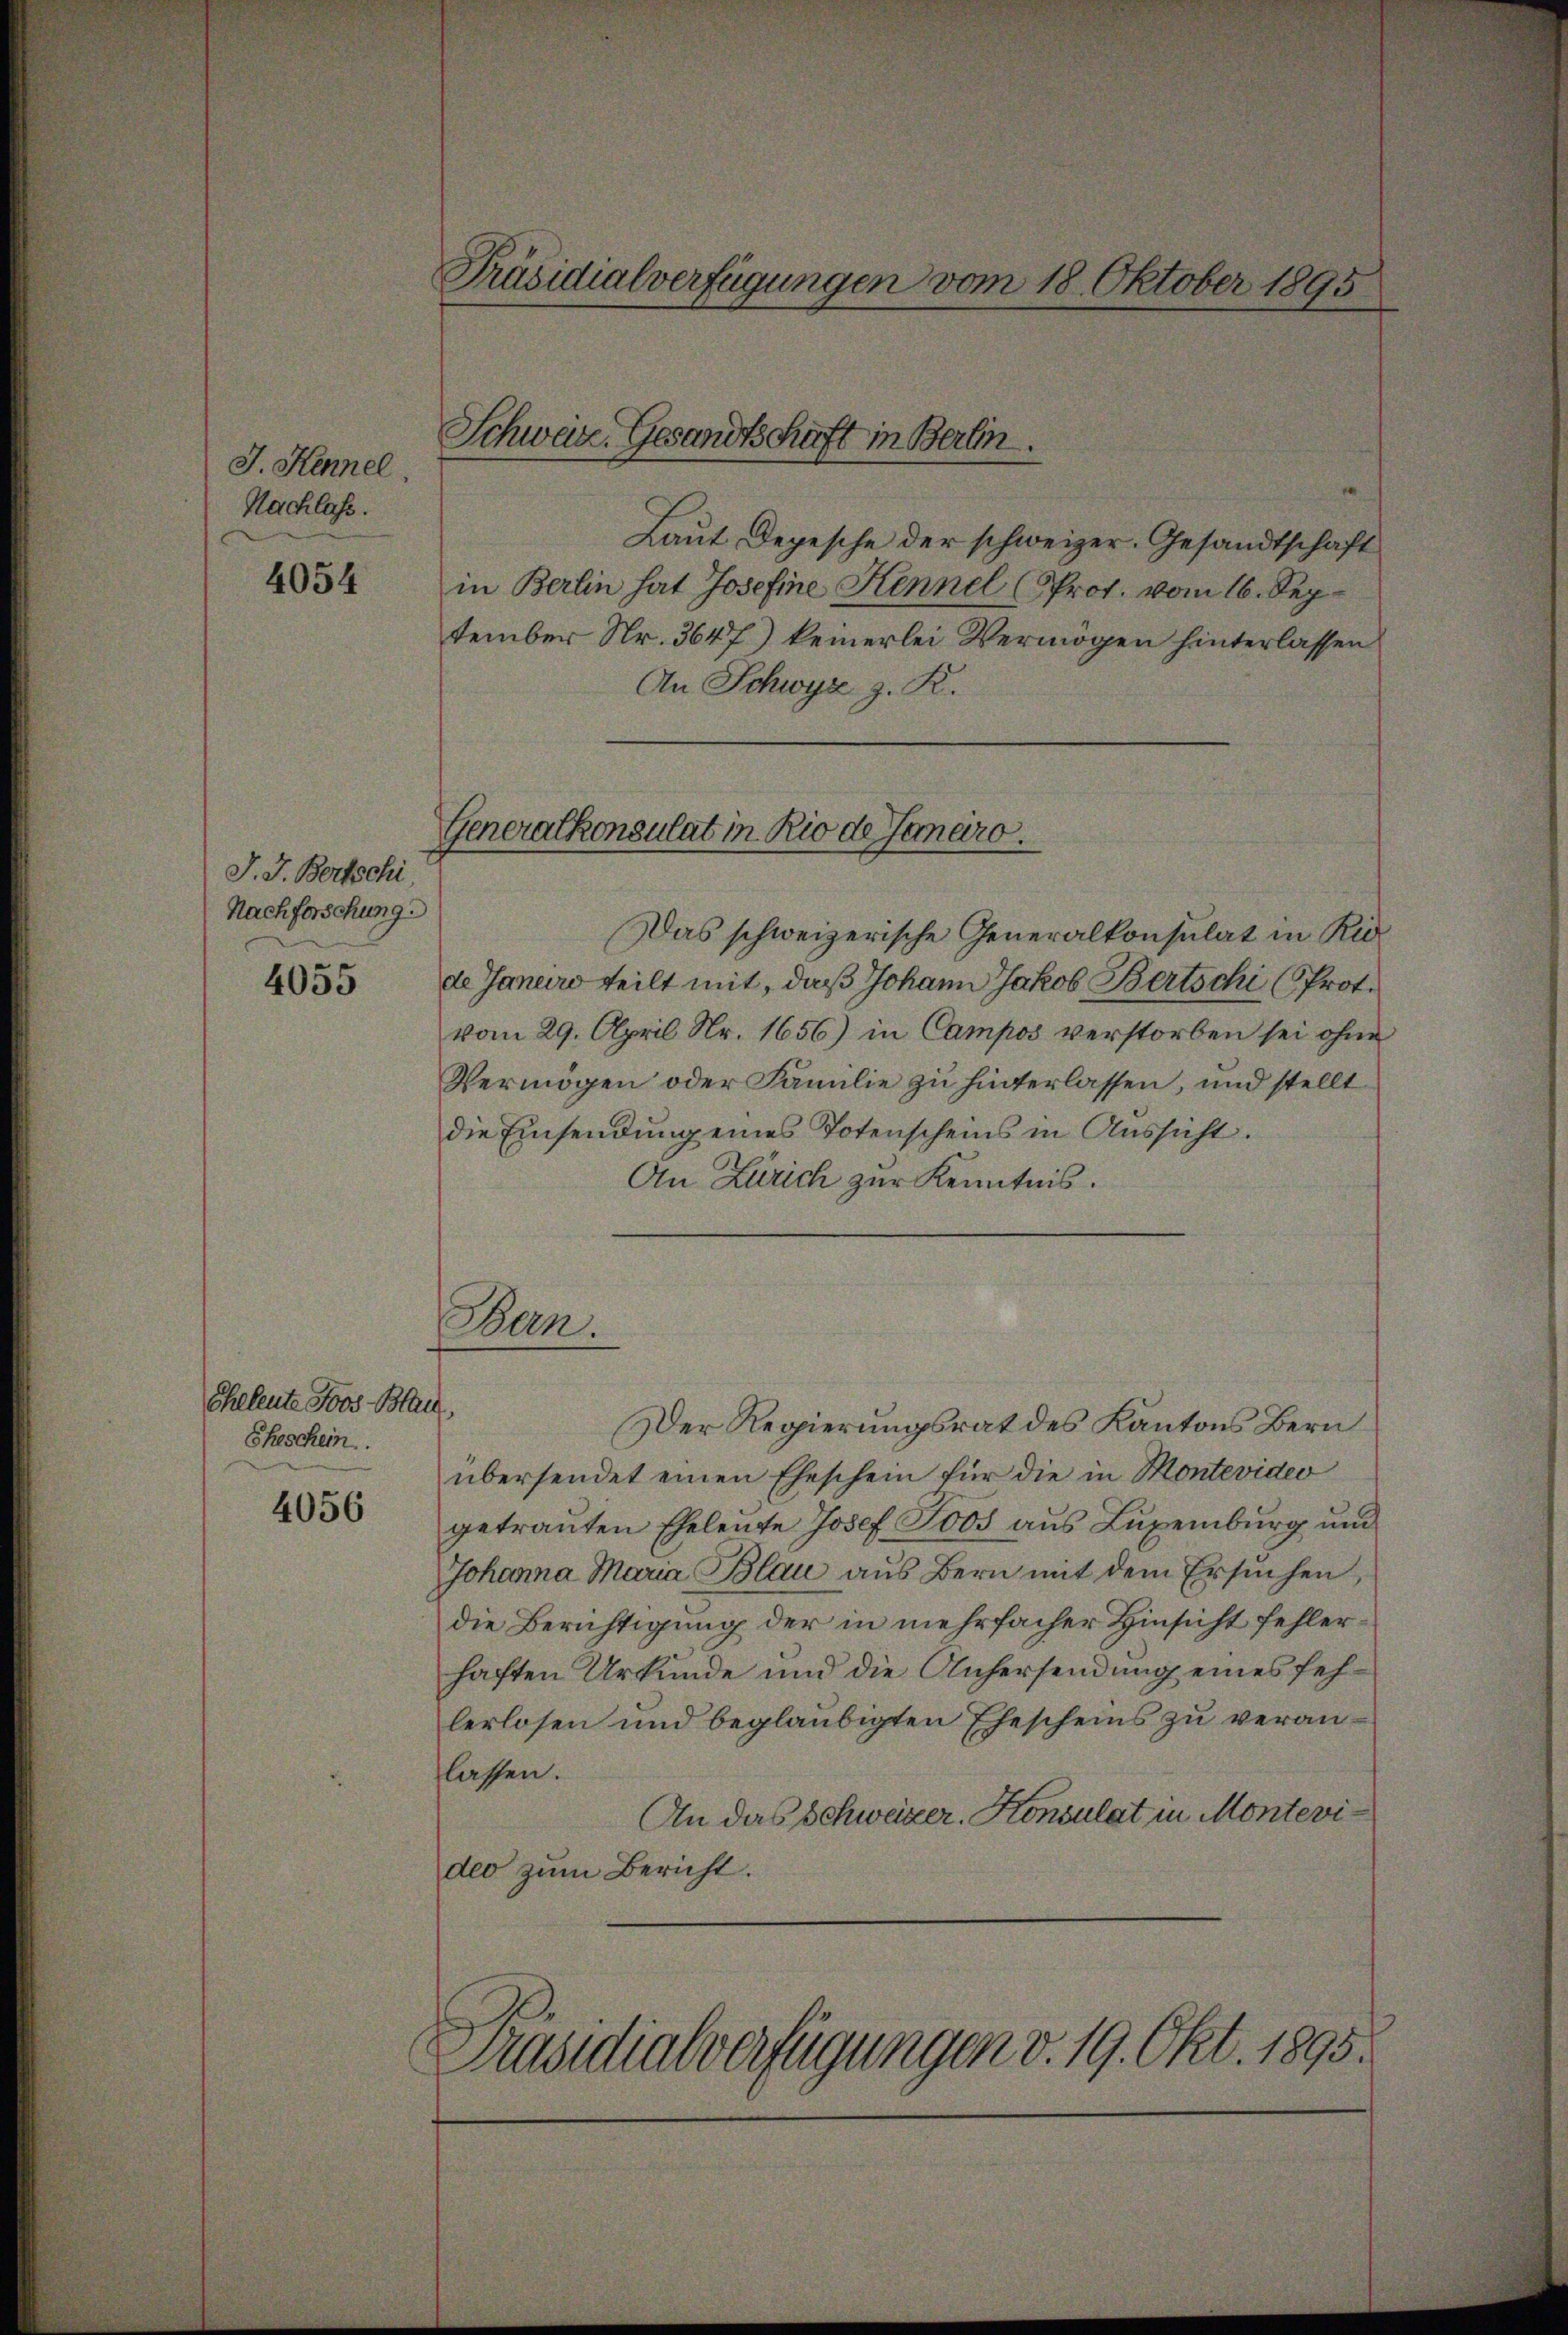
J. Kennel
Nachlass.

4054

J. J. Bertschi
Nachforschung

4055

Eheleute Foos Blach,
Eheschein.

4056

Präsidialverfügungen vom 18. Oktober 1895

Schweiz. Gesandtschaft in Berlin.

Generalkonsulat in Rio de Janaro.

Laut Depesche der schweizer. Gesandtschaft
in Berlin hat Josefine Hennel (Prot. vom 16. September Nr. 3647) keinerlei Vermögen hinterlassen
An Schwyz z. R.
Das schweizerische Generalkonsulat in Ric
de Janeiro teilt mit, daß Johann Jakob Bertschi (Prot.
vom 29. April Nr. 1656) in Campos verstorben sei ohne
Vermögen oder Familie zu hinterlassen, und stellt
die Einsendung eines Totenscheins in Aussicht.
An Zürich zur Kenntnis.

Ban.

Der Regierungsrat des Kantons Bern
übersendet einen Eheschein für die in Montevideo
getrauten Eheleute Josef Tots aus Luxenburg und
Johanna Maria Blau aus Bern mit dem Ersuchen
die Berichtigung der in mehrfacher Hinsicht fehlerhaften Urkunde und die Anhersendung eines fehlerlosen und beglaubigten Ehescheins zu veranlassen.
An das Schweizer. Konsulat in Montevides zum Bericht.
Präsidialverfügungen v. 19. Okt. 1895.